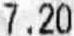
7.20